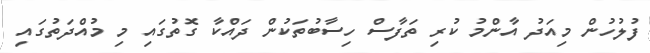
ފުލުހުން މިއަދު އާންމު ކުރި ތަފާސް ހިސާބުތަކުން ދައްކާ ގޮތުގައި މި މުއްދަތުގައި